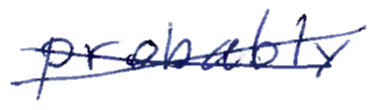
Text: probably
Cross-out: cross
Writing tool: ballpoint